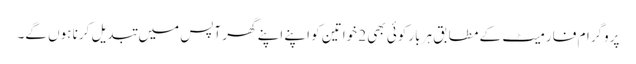
پروگرام فارمیٹ کے مطابق ہر بارکوئی بھی 2 خواتین کو اپنے اپنے گھر آپس میں تبدیل کرنا ہوں گے۔